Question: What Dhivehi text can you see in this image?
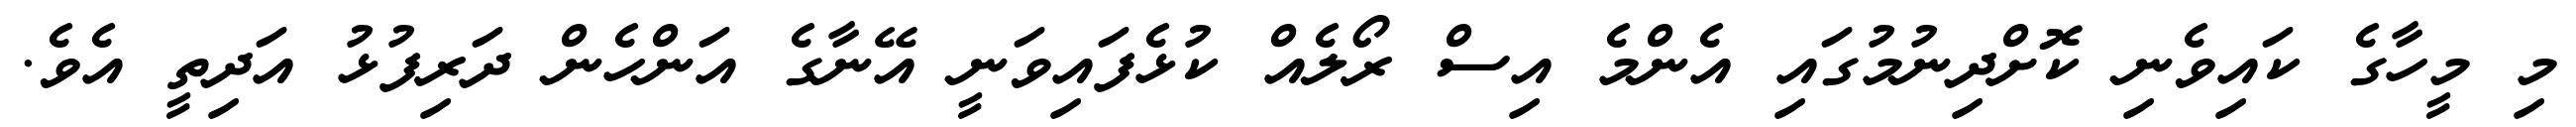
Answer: މި މީހާގެ ކައިވެނި ކޮށްދިނުމުގައި އެންމެ އިސް ރޯލެއް ކުޅެފައިވަނީ އޭނާގެ އަންހެން ދަރިފުޅު އަދިތީ އެވެ.